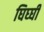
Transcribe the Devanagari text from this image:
घिघ्घी